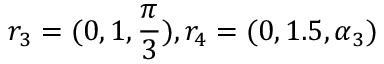
r _ { 3 } = ( 0 , 1 , \frac { \pi } { 3 } ) , r _ { 4 } = ( 0 , 1 . 5 , \alpha _ { 3 } )